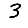
Digit: 3